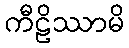
ကီဠိဿာမိ